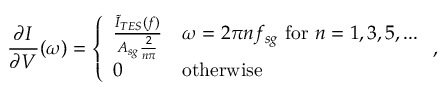
\frac { \partial I } { \partial V } ( \omega ) = \left\{ \begin{array} { l l } { \frac { \tilde { I } _ { T E S } ( f ) } { A _ { s g } \frac { 2 } { n \pi } } } & { \omega = 2 \pi n f _ { s g } \ \mathrm { f o r } \ n = 1 , 3 , 5 , . . . } \\ { 0 } & { \mathrm { o t h e r w i s e } } \end{array} \right. ,